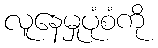
လူနေမှုပုံစံကို